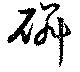
磷